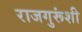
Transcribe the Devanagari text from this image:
राजगुरूंशी